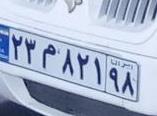
۲۳م۸۲۱۹۸